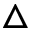
\triangle